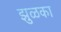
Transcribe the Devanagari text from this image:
झुळका